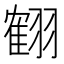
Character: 𦑱